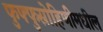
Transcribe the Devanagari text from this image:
फुफ्फुस्रोहिणीमधील